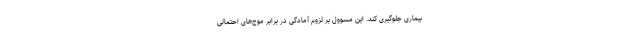
بیماری جلوگیری کند. این مسوول بر لزوم آمادگی در برابر موج‌های احتمالی